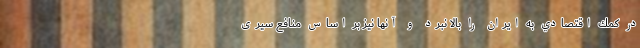
در كمك اقتصادي به ايران را بالا نبرد و آنها نیز بر اساس منافع سیری